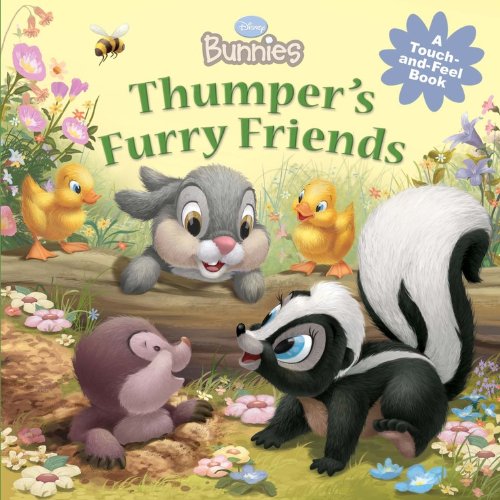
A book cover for Disney Bunnies Thumper's Furry Friends (A Touch-and-feel Book); Disney Book Group; Children's Books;